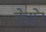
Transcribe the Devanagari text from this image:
केसेन